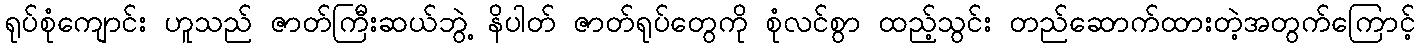
ရုပ်စုံကျောင်း ဟူသည် ဇာတ်ကြီးဆယ်ဘွဲ့ နိပါတ် ဇာတ်ရုပ်တွေကို စုံလင်စွာ ထည့်သွင်း တည်ဆောက်ထားတဲ့အတွက်ကြောင့်